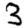
Digit: 3